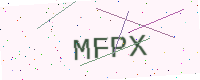
Text: MFPX